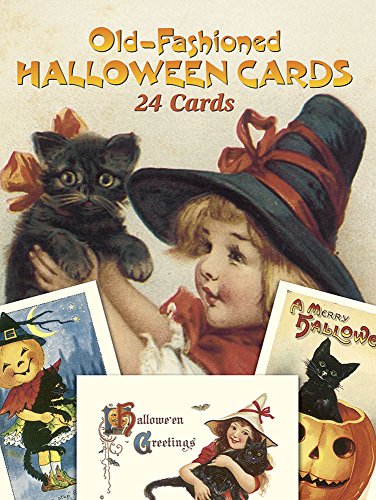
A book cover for Old-Fashioned Halloween Cards: 24 Cards (Dover Postcards); Crafts, Hobbies & Home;